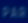
3PZK